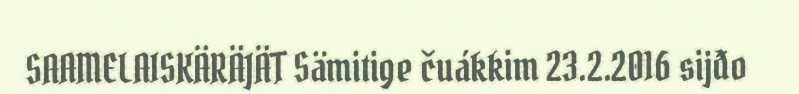
SAAMELAISKÄRÄJÄT Sämitige čuákkim 23.2.2016 sijđo